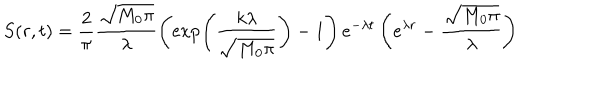
S ( r , t ) = \frac { 2 } { \pi } \frac { \sqrt { M _ { 0 } \pi } } { \lambda } \left( \exp \left( \frac { k \lambda } { \sqrt { M _ { 0 } \pi } } \right) - 1 \right) e ^ { - \lambda t } \left( e ^ { \lambda r } - \frac { \sqrt { M _ { 0 } \pi } } { \lambda } \right)